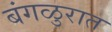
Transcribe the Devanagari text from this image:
बंगळुरात